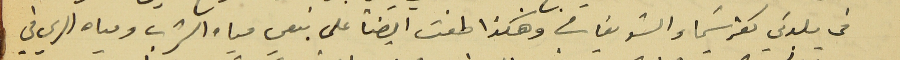
فى بلدتي كفرشيما والشويفات وهكذا طفت ايضاً على نبعي مياه الشرب ومياه الري في